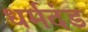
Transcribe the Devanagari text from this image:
धर्मदंड